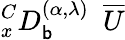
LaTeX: _{x}^{C}D_{\mathsf{b}}^{(\alpha,{\lambda})}~~\overline{{{U}}}